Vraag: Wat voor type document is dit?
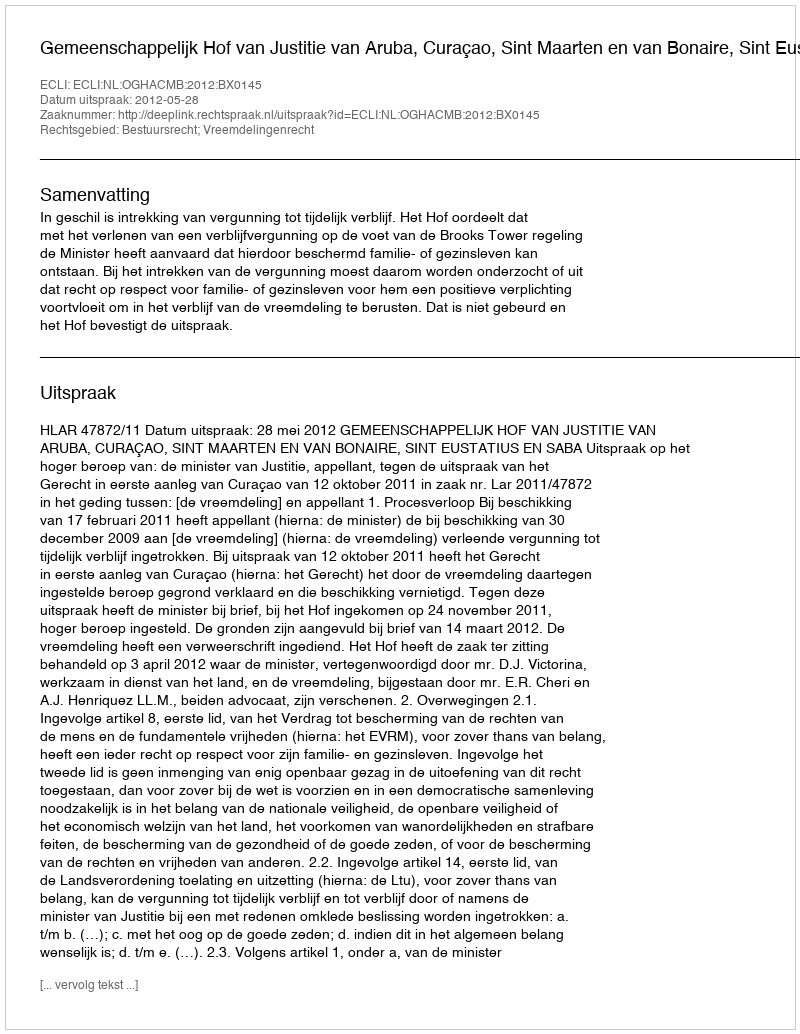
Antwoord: Uitspraak